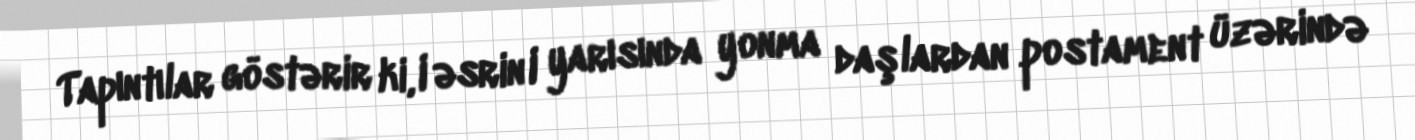
Tapıntılar göstərir ki, I əsrin I yarısında yonma daşlardan postament üzərində